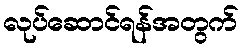
လုပ်ဆောင်ရန်အတွက်